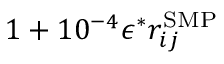
1 + 1 0 ^ { - 4 } \epsilon ^ { \ast } r _ { i j } ^ { \mathrm { { S M P } } }